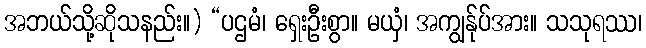
အဘယ်သို့ဆိုသနည်း။) “ပဌမံ၊ ရှေးဦးစွာ။ မယှံ၊ အကျွန်ုပ်အား။ သသုရဿ၊